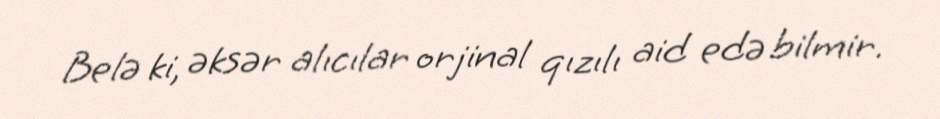
Belə ki, əksər alıcılar orjinal qızılı aid edə bilmir.